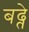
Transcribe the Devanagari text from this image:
बढ्ते